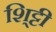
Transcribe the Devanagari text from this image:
शि्ट्टी